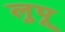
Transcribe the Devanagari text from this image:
लुपू